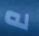
له